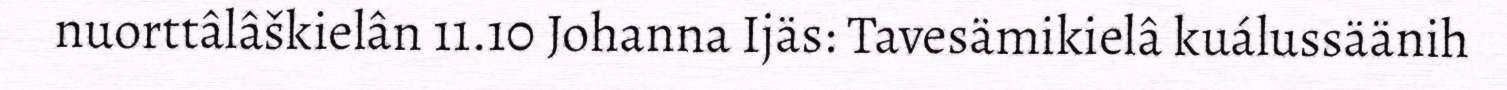
nuorttâlâškielân 11.10 Johanna Ijäs: Tavesämikielâ kuálussäänih